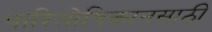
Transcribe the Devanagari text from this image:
पारितोषिकानसाठी